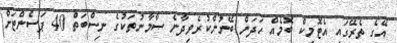
އޭގެ ތެރޭގައި އެޓޮމިކް ބޮމެއް ހަދަން ބޭނުންކުރެވިދާނެ ސާމާނުތަކުގެ ނިސްބަތް 40 ޕަސެންޓަށް